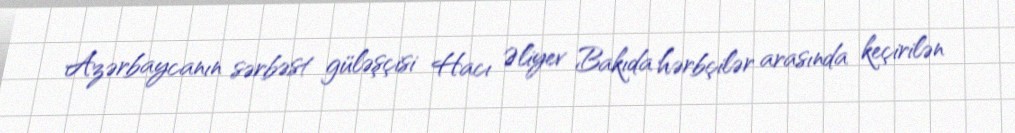
Azərbaycanın sərbəst güləşçisi Hacı Əliyev Bakıda hərbçilər arasında keçirilən